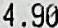
4.90